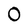
Character: 0